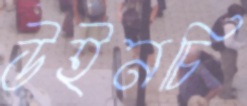
উইনচি